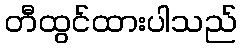
တီထွင်ထားပါသည်